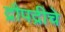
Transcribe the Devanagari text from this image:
द्रौपद्रीचे